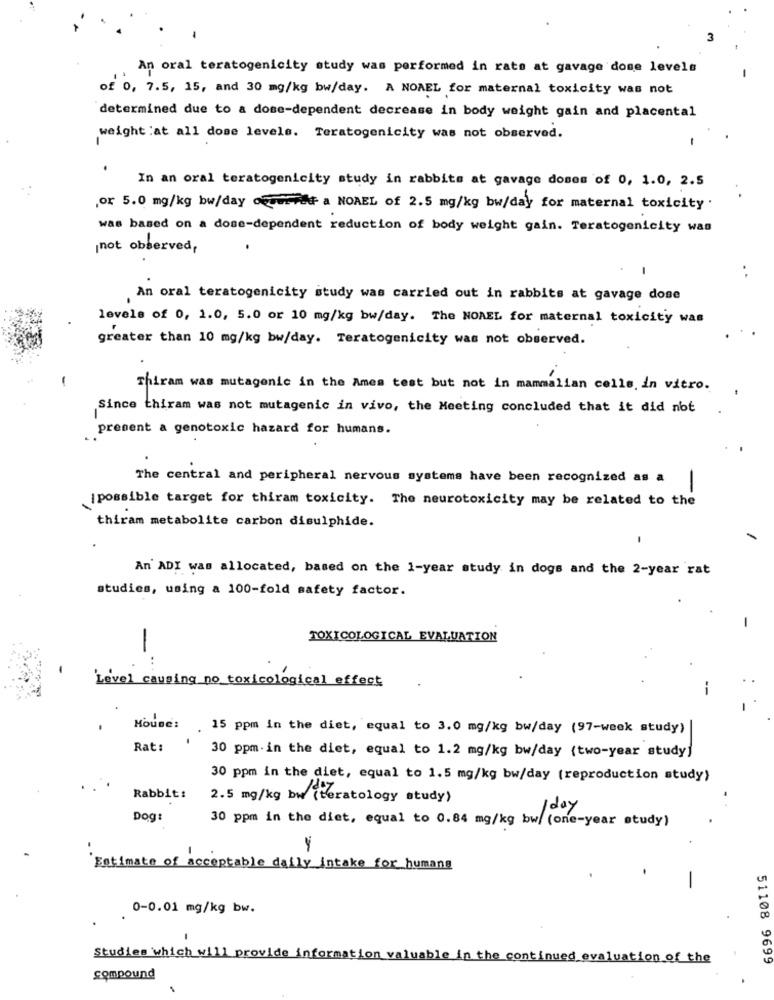
An oral teratogenicity study was performed in rats at gavage dome levels
of 0, 7.5, 15, and 30 mg/kg bw/day. A NONEL for maternal toxicity was not
determined due to a dose-dependent decrease in body weight gain and placental
weight :at all dose levels. Teratogenicity was not observed.
-
In an oral teratogenicity study in rabbits at gavage doses of 0, 1.0, 2.5
,or 5.0 mg/kg w/day ofera NOAEL of 2.5 mg/kg bw/day for maternal toxicity
was based on a dose-dependent reduction of body weight gain. Teratogenicity was
not observed,
-
An oral teratogenicity study was carried out in rabbits at gavage dose
levels of 0, 1.0, 5.0 or 10 mg/kg bw/day. The NOAEL for maternal toxicity was
greater than 10 mg/kg bw/day. Teratogenicity was not observed.
-
Thiram was mutagenic in the Ames test but not in mammalian cells, in vitro.
Since thiram was not mutagenic in vivo, the Meeting concluded that it did not
present a genotoxic hazard for humans.
The central and peripheral nervous systems have been recognized as a
Ipossible target for thiram toxicity. The neurotoxicity may be related to the
thiram metabolite carbon disulphide.
An' ADI was allocated, based on the 1-year study in dogs and the 2-year rat
studies, using a 100-fold safety factor.
TOXICOLOGICAL EVALUATION
-
...
Level causing no toxicological effect
--
Mouse: .
15 ppm in the diet, equal to 3.0 mg/kg bw/day (97-week study)
Rat:
30 ppm -in the diet, equal to 1.2 mg/kg bw/day (two-year study]
30 ppm in the diet, equal to 1.5 mg/kg bw/day (reproduction study)
Rabbit:
2.5 mg/kg bw (teratology study)
1 day
Dog:
30 ppm in the diet, equal to 0.84 mg/kg bw/ (one-year study)
Estimate of acceptable daily intake for humans
-
0-0.01 mg/kg bw.
Studies which will provide information valuable in the continued evaluation of the
51108 9699
compound